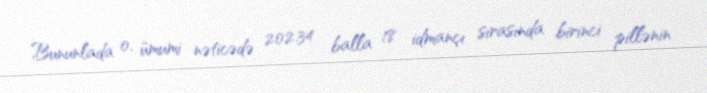
Bununlada o, ümumi nəticədə 202.34 balla 18 idmançı sırasında birinci pillənin